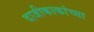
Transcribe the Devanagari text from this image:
दाजीकाकांच्या